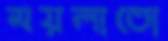
ময়লাতো